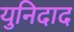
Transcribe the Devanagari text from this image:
युनिदाद